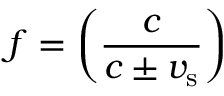
f = \left( { \frac { c } { c \pm v _ { \mathrm { s } } } } \right)